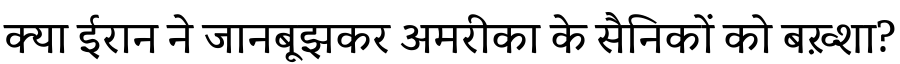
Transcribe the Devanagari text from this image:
क्या ईरान ने जानबूझकर अमरीका के सैनिकों को बख़्शा?